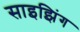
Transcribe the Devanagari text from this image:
साइझिंग